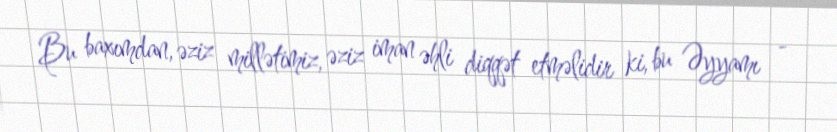
Bu baxımdan, əziz millətimiz, əziz iman əhli diqqət etməlidir ki, bu Əyyamı -